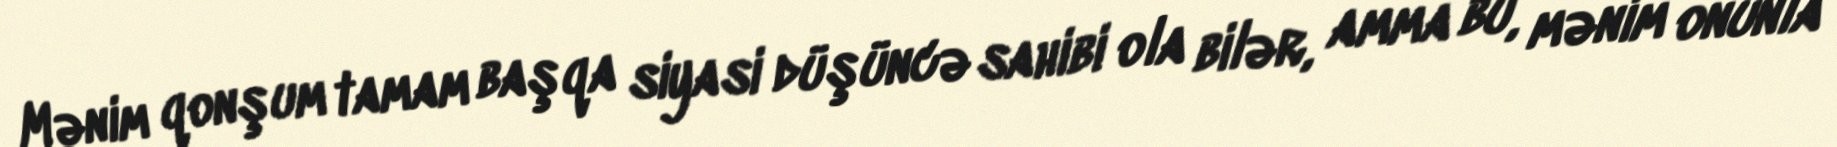
Mənim qonşum tamam başqa siyasi düşüncə sahibi ola bilər, amma bu, mənim onunla